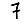
Digit: 7